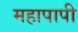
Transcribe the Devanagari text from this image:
महापापी